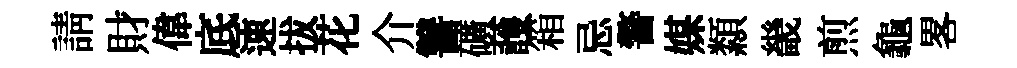
請財偉底速拔花介讐礦䕶箱忌警媒纇畿煎龜畧